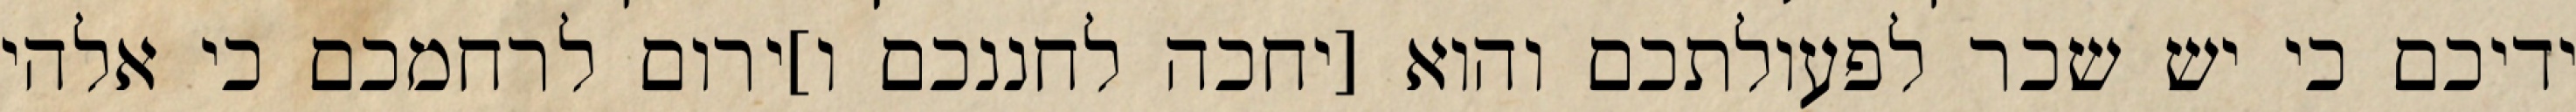
ידיכם כי יש שכר לפעולתכם והוא [יחכה לחננכם ו]ירום לרחמכם כי אלהי